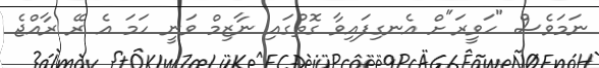
ނަމަވެސް "ހަވީރަ"ށް އެނގިފައިވާ ގޮތުގައި ނާޒިމް ވަނީ ހަމަ އެ ރޭ ރާއްޖެ